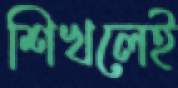
শিখলেই